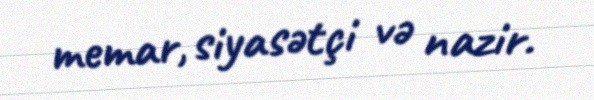
memar, siyasətçi və nazir.